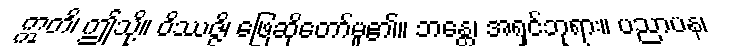
ဣတိ၊ ဤသို့။ ဝိဿဇ္ဇိ၊ ဖြေဆိုတော်မူ၏။ ဘန္တေ၊ အရှင်ဘုရား။ ပညာပန၊